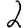
Digit: 2